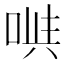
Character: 𠶁